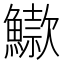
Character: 䲌